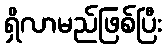
ရှိလာမည်ဖြစ်ပြီး